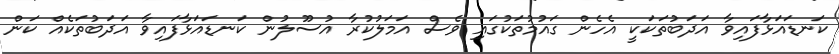
ކަނޑައަޅާފައިވާ އަދަބުތަކަކީ އެހެން ގައުމުތަކުގައި ވެސް އަމަލުކުރާ އުސޫލުން ކަނޑައަޅާފައިވާ އަދަބުތަކެއް ކަން